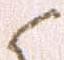
候